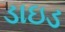
ડાઇડ